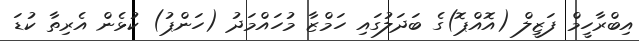
އިބްރާހީމް ފަޒީލް (އޮއްޕޮ)ގެ ބަދަލުގައި ހަމްޒާ މުހައްމަދު (ހަންޕު) ކުޅެން އެރިތާ ކުޑަ